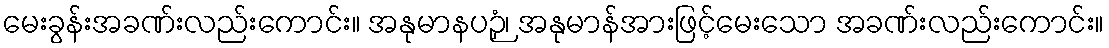
မေးခွန်းအခဏ်းလည်းကောင်း။ အနုမာနပဉှံ၊ အနုမာန်အားဖြင့်မေးသော အခဏ်းလည်းကောင်း။